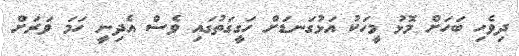
ދިވެހި ބަހަށް މޮޅު މީހަކު އަޅުގަނޑަށް ހަގީގަތުގައި ވެސް އެދިނީ ހަމަ ވަރަށް